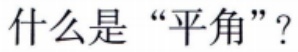
什么是“平角”？